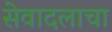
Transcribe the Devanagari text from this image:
सेवादलाचा